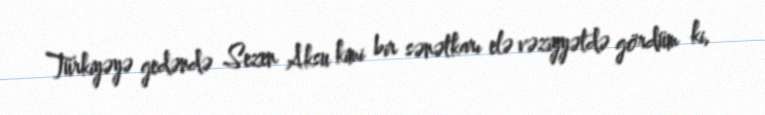
Türkiyəyə gedəndə Sezen Aksu kimi bir sənətkarı elə vəziyyətdə gördüm ki,